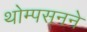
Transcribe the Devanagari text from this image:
थोम्पसनने